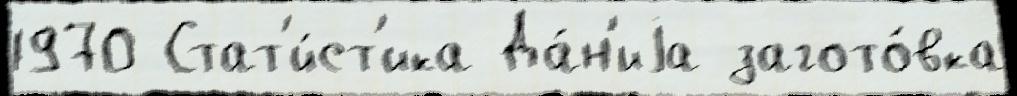
1970 Стат'и́ст'ика Да́н'иjа загото́вка